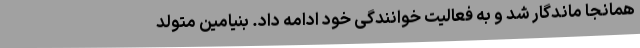
همانجا ماندگار شد و به فعالیت خوانندگی خود ادامه داد. بنیامین متولد